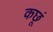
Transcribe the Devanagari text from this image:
कछूं